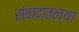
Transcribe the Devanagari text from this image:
संवादातल्या